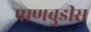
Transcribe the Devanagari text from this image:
पाणबुडीस